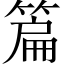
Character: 篇